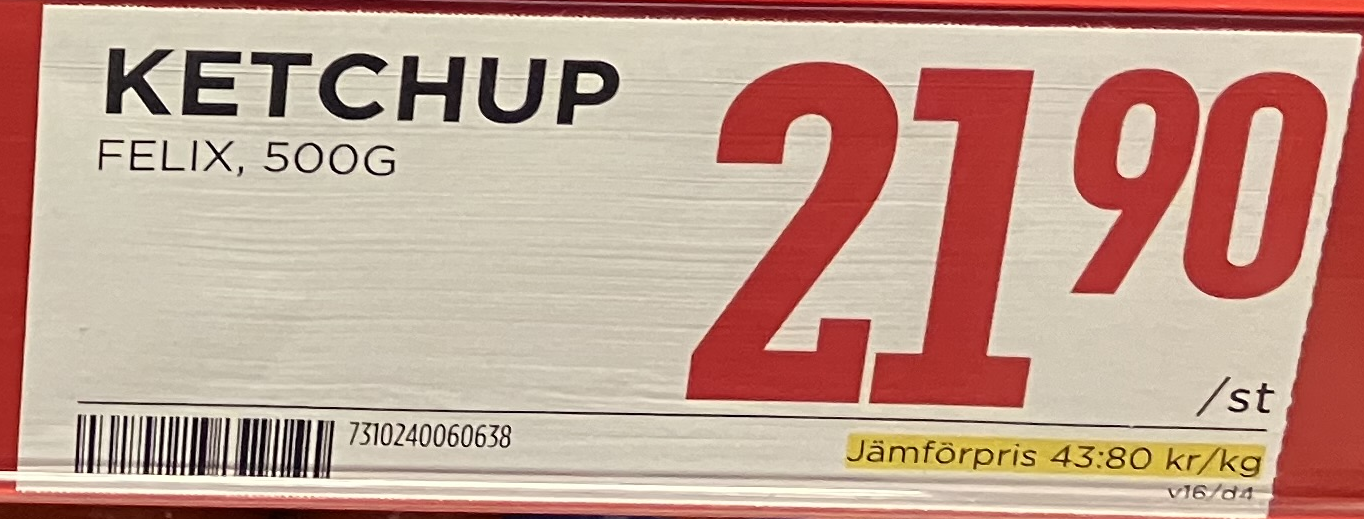
Vara: Ketchup
Genomsnittspris: 43.8 per kg